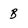
Character: b